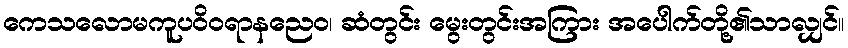
ကေသလောမကူပဝိဝရာနညေဝ၊ ဆံတွင်း မွေးတွင်းအကြား အပေါက်တို့၏သာလျှင်။